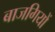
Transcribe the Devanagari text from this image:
बाजगियों